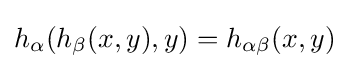
h_{\alpha }(h_{\beta }(x,y),y)=h_{\alpha \beta }(x,y)